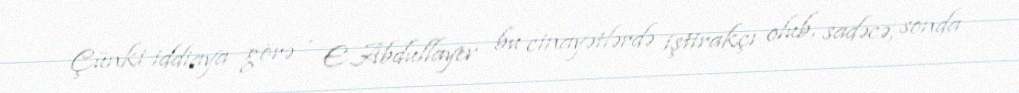
Çünki iddiaya görə , E.Abdullayev bu cinayətlərdə iştirakçı olub, sadəcə, sonda